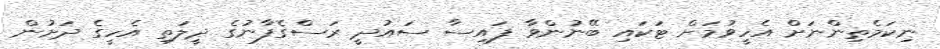
ނިކަމެތިންނަށް އެހީވުމަށް ޓަކައި ބޭނުންވާ ފައިސާ ސައުދީ ރަސްގެފާނުގެ ދީލަތި އެހީގެ ދަށުން